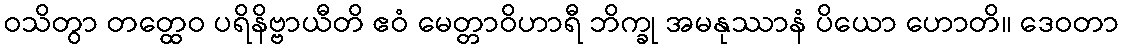
ဝသိတွာ တတ္ထေဝ ပရိနိဗ္ဗာယီတိ ဧဝံ မေတ္တာဝိဟာရီ ဘိက္ခု အမနုဿာနံ ပိယော ဟောတိ။ ဒေဝတာ